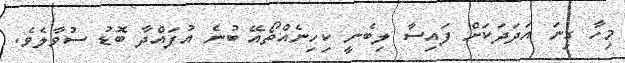
މިހާ ގިނަ އަދަދަކަށް ފައިސާ ލިބެނީ ކިހިނެއްތޯއޭ ބުނެ އުފައްދާ ބޮޑު ސުވާލެވެ.